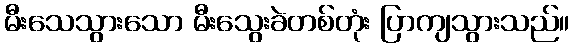
မီးသေသွားသော မီးသွေးခဲတစ်တုံး ပြာကျသွားသည်။